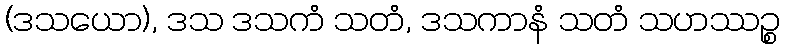
(ဒသယော), ဒသ ဒသကံ သတံ, ဒသကာနံ သတံ သဟဿဉ္စ